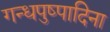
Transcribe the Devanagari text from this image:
गन्धपुष्पादिना